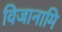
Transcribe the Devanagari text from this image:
विजानामि